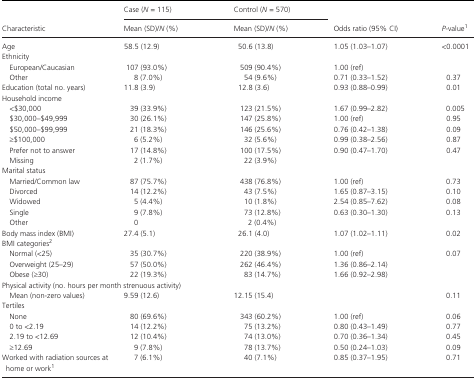
<table><thead><tr><td rowspan="2"><b>Characteristic</b></td><td><b>Case (<i>N</i> = 115)</b></td><td><b>Control (<i>N</i> = 570)</b></td><td rowspan="2"><b>Odds ratio (95% CI)</b></td><td rowspan="2"><b><i>P</i>‐valuea</b></td></tr><tr><td><b>Mean (SD)/<i>N</i> (%)</b></td><td><b>Mean (SD)/<i>N</i> (%)</b></td></tr></thead><tbody><tr><td>Age</td><td>58.5 (12.9)</td><td>50.6 (13.8)</td><td>1.05 (1.03–1.07)</td><td>&lt;0.0001</td></tr><tr><td colspan="5">Ethnicity</td></tr><tr><td>European/Caucasian</td><td>107 (93.0%)</td><td>509 (90.4%)</td><td>1.00 (ref)</td><td></td></tr><tr><td>Other</td><td>8 (7.0%)</td><td>54 (9.6%)</td><td>0.71 (0.33–1.52)</td><td>0.37</td></tr><tr><td>Education (total no. years)</td><td>11.8 (3.9)</td><td>12.8 (3.6)</td><td>0.93 (0.88–0.99)</td><td>0.01</td></tr><tr><td colspan="5">Household income</td></tr><tr><td>&lt;$30,000</td><td>39 (33.9%)</td><td>123 (21.5%)</td><td>1.67 (0.99–2.82)</td><td>0.005</td></tr><tr><td>$30,000–$49,999</td><td>30 (26.1%)</td><td>147 (25.8%)</td><td>1.00 (ref)</td><td>0.95</td></tr><tr><td>$50,000–$99,999</td><td>21 (18.3%)</td><td>146 (25.6%)</td><td>0.76 (0.42–1.38)</td><td>0.09</td></tr><tr><td>≥$100,000</td><td>6 (5.2%)</td><td>32 (5.6%)</td><td>0.99 (0.38–2.56)</td><td>0.87</td></tr><tr><td>Prefer not to answer</td><td>17 (14.8%)</td><td>100 (17.5%)</td><td>0.90 (0.47–1.70)</td><td>0.47</td></tr><tr><td>Missing</td><td>2 (1.7%)</td><td>22 (3.9%)</td><td></td><td></td></tr><tr><td colspan="5">Marital status</td></tr><tr><td>Married/Common law</td><td>87 (75.7%)</td><td>438 (76.8%)</td><td>1.00 (ref)</td><td>0.73</td></tr><tr><td>Divorced</td><td>14 (12.2%)</td><td>43 (7.5%)</td><td>1.65 (0.87–3.15)</td><td>0.10</td></tr><tr><td>Widowed</td><td>5 (4.4%)</td><td>10 (1.8%)</td><td>2.54 (0.85–7.62)</td><td>0.08</td></tr><tr><td>Single</td><td>9 (7.8%)</td><td>73 (12.8%)</td><td>0.63 (0.30–1.30)</td><td>0.13</td></tr><tr><td>Other</td><td>0</td><td>2 (0.4%)</td><td></td><td></td></tr><tr><td>Body mass index (BMI)</td><td>27.4 (5.1)</td><td>26.1 (4.0)</td><td>1.07 (1.02–1.11)</td><td>0.02</td></tr><tr><td colspan="5">BMI categoriesb</td></tr><tr><td>Normal (&lt;25)</td><td>35 (30.7%)</td><td>220 (38.9%)</td><td>1.00 (ref)</td><td>0.07</td></tr><tr><td>Overweight (25–29)</td><td>57 (50.0%)</td><td>262 (46.4%)</td><td>1.36 (0.86–2.14)</td><td></td></tr><tr><td>Obese (≥30)</td><td>22 (19.3%)</td><td>83 (14.7%)</td><td>1.66 (0.92–2.98)</td><td></td></tr><tr><td colspan="5">Physical activity (no. hours per month strenuous activity)</td></tr><tr><td>Mean (non‐zero values)</td><td>9.59 (12.6)</td><td>12.15 (15.4)</td><td></td><td>0.11</td></tr><tr><td colspan="5">Tertiles</td></tr><tr><td>None</td><td>80 (69.6%)</td><td>343 (60.2%)</td><td>1.00 (ref)</td><td>0.06</td></tr><tr><td>0 to &lt;2.19</td><td>14 (12.2%)</td><td>75 (13.2%)</td><td>0.80 (0.43–1.49)</td><td>0.77</td></tr><tr><td>2.19 to &lt;12.69</td><td>12 (10.4%)</td><td>74 (13.0%)</td><td>0.70 (0.36–1.34)</td><td>0.45</td></tr><tr><td>≥12.69</td><td>9 (7.8%)</td><td>78 (13.7%)</td><td>0.50 (0.24–1.03)</td><td>0.09</td></tr><tr><td>Worked with radiation sources at home or worka</td><td>7 (6.1%)</td><td>40 (7.1%)</td><td>0.85 (0.37–1.95)</td><td>0.71</td></tr></tbody></table>